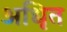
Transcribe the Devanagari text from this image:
अधिृत